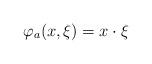
LaTeX: \begin{align*}\varphi_{a}(x,\xi)=x\cdot\xi\end{align*}